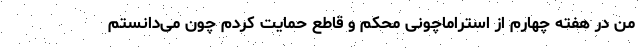
من در هفته چهارم از استراماچونی محکم و قاطع حمایت کردم چون می‌دانستم